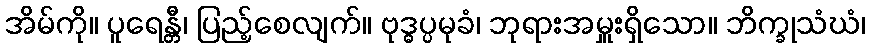
အိမ်ကို။ ပူရေန္တီ၊ ပြည့်စေလျက်။ ဗုဒ္ဓပ္ပမုခံ၊ ဘုရားအမှူးရှိသော။ ဘိက္ခုသံဃံ၊